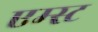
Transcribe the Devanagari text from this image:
एम्स्ट